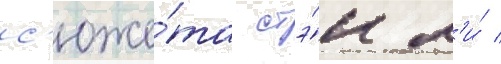
с'юже́та стэ́н л'и́ /